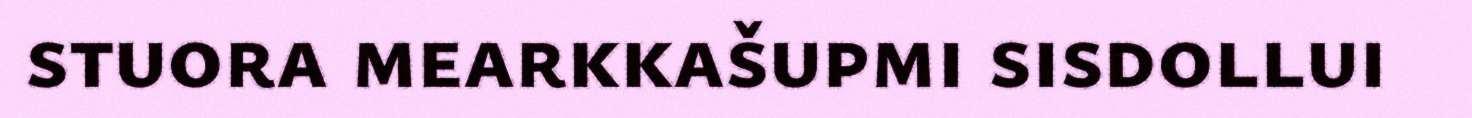
stuora mearkkašupmi sisdollui